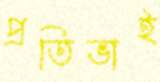
প্রতিভাই